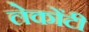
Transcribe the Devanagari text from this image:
लेकोंटी